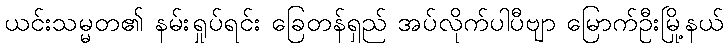
ယင်းသမ္မတ၏ နမ်းရှုပ်ရင်း ခြေတန်ရှည် အပ်လိုက်ပါပီဗျာ မြောက်ဦးမြို့နယ်